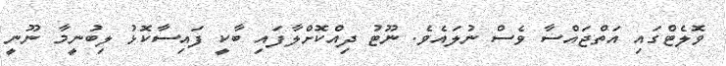
ވޮލެޓްގައި އަތްޖައްސާ ވެސް ނުލައެވެ. ނޫޓު ދިއްކޮށްލާފައި ބާކީ ފައިސާކޮޅު ލިބުނީމާ ނޫނީ